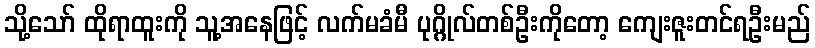
သို့သော် ထိုရာထူးကို သူ့အနေဖြင့် လက်မခံမီ ပုဂ္ဂိုလ်တစ်ဦးကိုတော့ ကျေးဇူးတင်ရဦးမည်